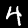
Label: 4